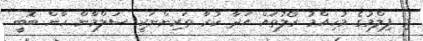
މި ފިލްމުގެ މުހިއްމު ރޯލުތައް އަދާ ކުރާ ތަރިންނަކީ ސަލްމާން ހާން ބޮބީ